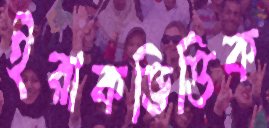
ইরাকভিত্তিক